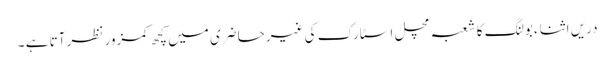
دریں اثناء بولنگ کا شعبہ مچل اسٹارک کی غیرحاضری میں کچھ کمزور نظر آتا ہے ۔